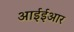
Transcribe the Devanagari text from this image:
आईईआर